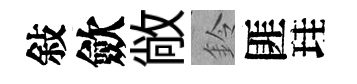
敍歛敞鈴匪珪